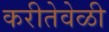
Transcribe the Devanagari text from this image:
करीतेवेळी